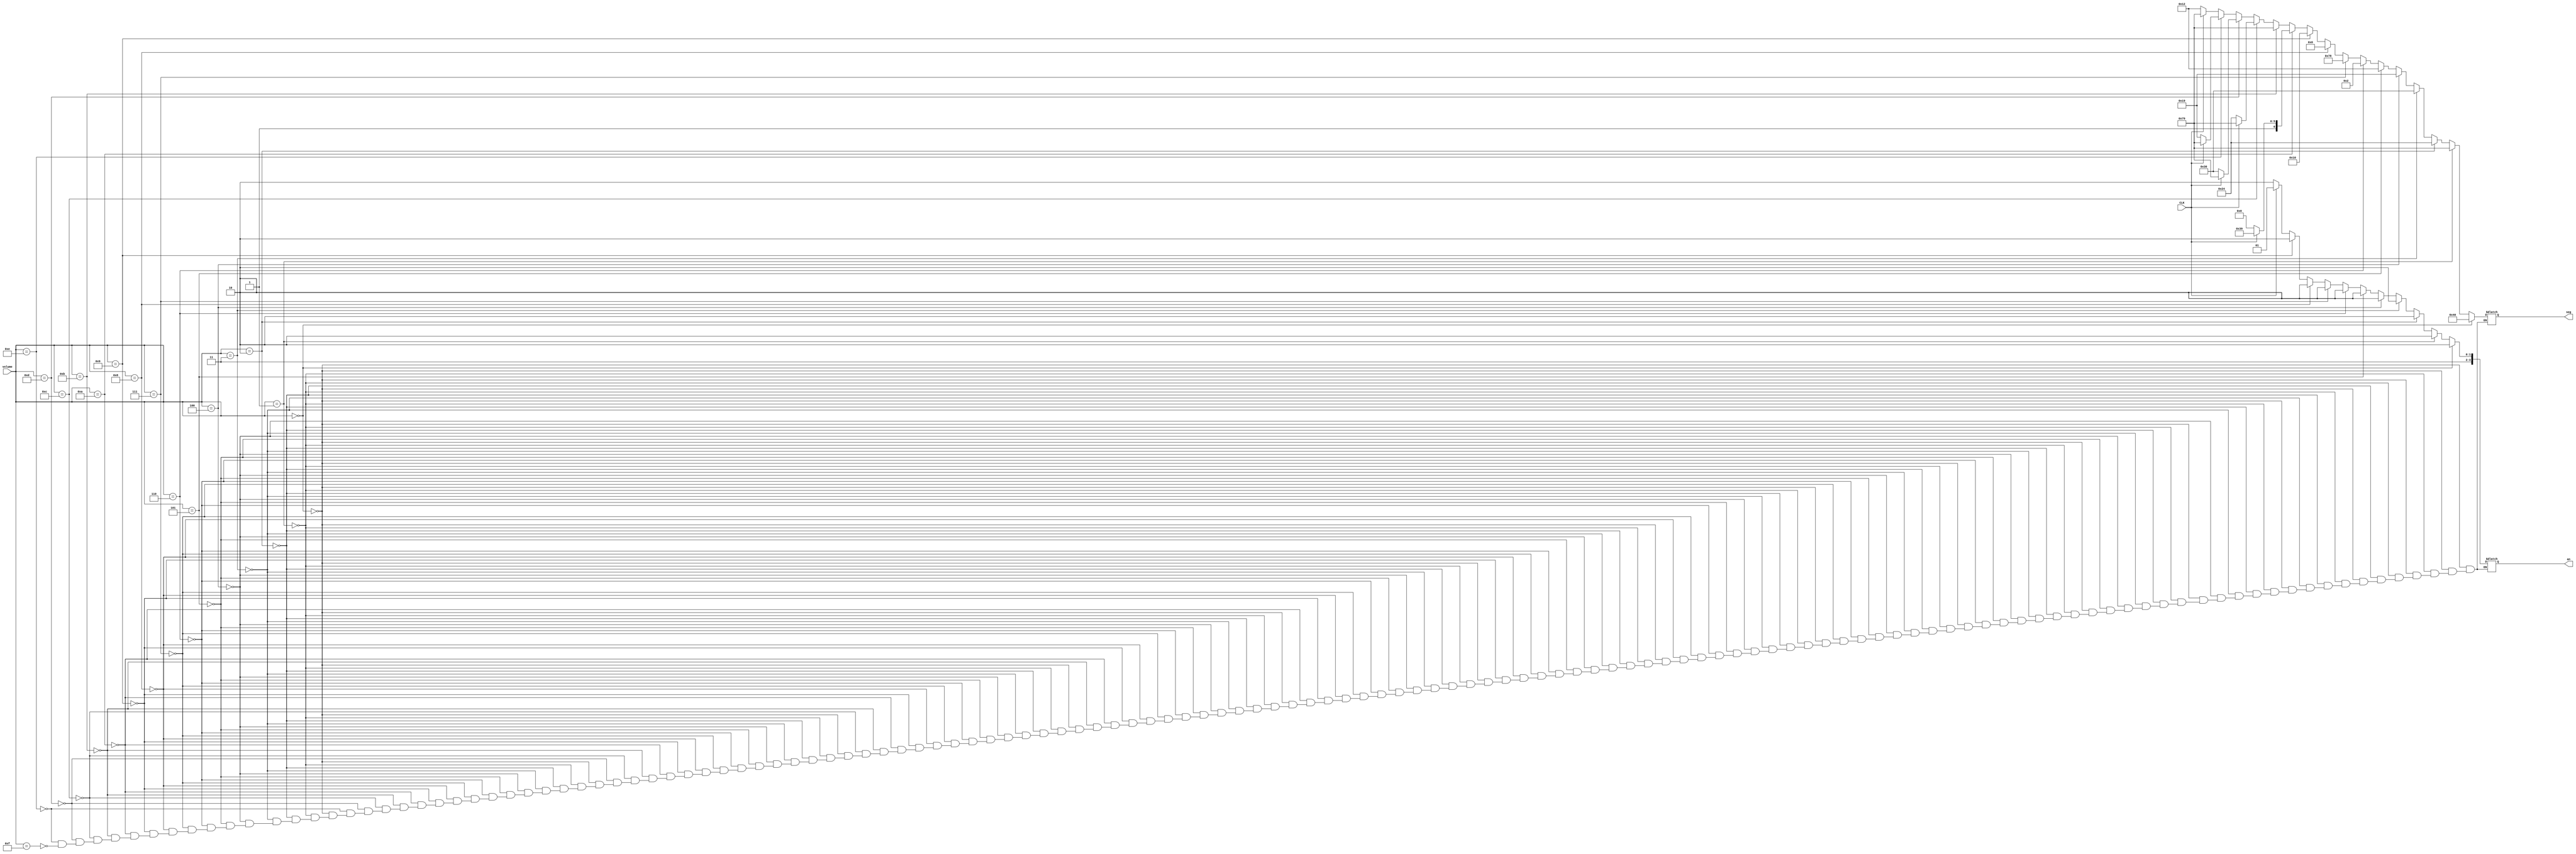
`timescale 1ns / 1ps
//////////////////////////////////////////////////////////////////////////////////
// Company: 
// Engineer: 
// 
// Design Name: 
// Module Name: Segment_Display
// Project Name: 
// Target Devices: 
// Tool Versions: 
// Description: 
// 
// Dependencies: 
// 
// Revision:
// Revision 0.01 - File Created
// Additional Comments:
// 
//////////////////////////////////////////////////////////////////////////////////


module Segment_Display(
    input [3:0] volume,
    input CLK,
    output reg [3:0] an,
    output reg [6:0] seg
    );
    
    always @ (*) begin   
        if (volume == 0) begin an = 4'b1110; seg = 7'b1000000;end // 0
        else if (volume == 1) begin an = 4'b1110; seg = 7'b1111001; end // 1  
        else if (volume == 2) begin an = 4'b1110; seg = 7'b0100100; end // 2  
        else if (volume == 3) begin an = 4'b1110; seg = 7'b0110000; end // 3  
        else if (volume == 4) begin an = 4'b1110; seg = 7'b0011001; end // 4   
        else if (volume == 5) begin an = 4'b1110; seg = 7'b0010010; end // 5
        else if (volume == 6) begin an = 4'b1110; seg = 7'b0000010; end // 6   
        else if (volume == 7) begin an = 4'b1110; seg = 7'b1111000; end // 7   
        else if (volume == 8) begin an = 4'b1110; seg = 7'b0000000; end // 8   
        else if (volume == 9) begin an = 4'b1110; seg = 7'b0010000; end // 9
        else if (volume == 10) begin    
            if (CLK == 1) begin 
                an = 4'b1101; seg = 7'b1111001; // 1 
            end 
            else begin 
            an = 4'b1110; seg = 7'b1000000; // 0
            end 
        end   
        else if (volume == 11) begin 
            if (CLK == 1) begin
                an = 4'b1101; seg = 7'b1111001; // 1 
            end
            else begin 
                an = 4'b1110; seg = 7'b1111001; // 1
            end
        end          
        else if (volume == 12) begin 
            if (CLK == 1) begin
                an = 4'b1101; seg = 7'b1111001; // 1
            end
            else begin
                an = 4'b1110; seg = 7'b0100100; // 2 
            end
        end   
        else if (volume == 13) begin 
            if (CLK == 1) begin
                an = 4'b1101; seg = 7'b1111001; // 1
            end
            else begin
                an = 4'b1110; seg = 7'b0110000; // 3    
            end
        end   
        else if (volume == 14) begin 
            if (CLK == 1) begin
                an = 4'b1101; seg = 7'b1111001; // 1
            end
            else begin
                an = 4'b1110; seg = 7'b0011001; // 4    
            end
        end   
        else if (volume == 15) begin 
            if (CLK == 1) begin
                an = 4'b1101; seg = 7'b1111001; // 1
            end   
            else begin
                an = 4'b1110; seg = 7'b0010010; // 5
            end  
        end
    end
    
endmodule